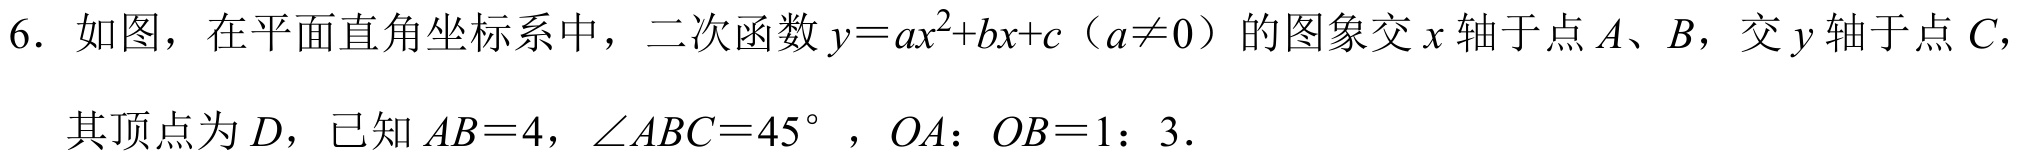
6. 如图，在平面直角坐标系中，二次函数\(y = ax^{2}+bx + c\)（\(a\neq0\)）的图象交\(x\)轴于点\(A、B\)，交\(y\)轴于点\(C\)，其顶点为\(D\)，已知\(AB = 4\)，\(\angle ABC = 45^{\circ}\)，\(OA：OB = 1：3\).